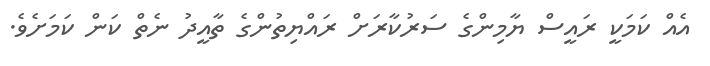
އެއް ކަމަކީ ރައީސް ޔާމިންގެ ސަރުކާރަށް ރައްޔިތުންގެ ތާއީދު ނެތް ކަން ކަމަށެވެ.